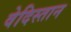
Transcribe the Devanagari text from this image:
वेदिस्तान